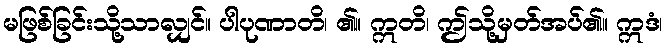
မဖြစ်ခြင်းသို့သာလျှင်။ ပါပုဏာတိ၊ ၏။ ဣတိ၊ ဤသို့မှတ်အပ်၏။ ဣဒံ၊